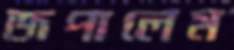
জপালেম